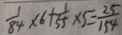
\frac { 1 } { 8 4 } \times 6 + \frac { 1 } { 5 5 } \times 5 = \frac { 2 5 } { 1 5 4 }